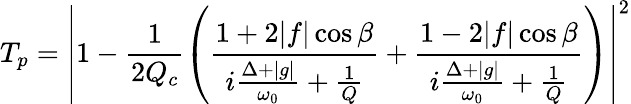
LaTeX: T_{p}=\left|1-\frac{1}{2Q_{c}}\left(\frac{1+2|f|\cos\beta}{i\frac{\Delta+|g|}{\omega_{0}}+\frac{1}{Q}}+\frac{1-2|f|\cos\beta}{i\frac{\Delta+|g|}{\omega_{0}}+\frac{1}{Q}}\right)\right|^{2}